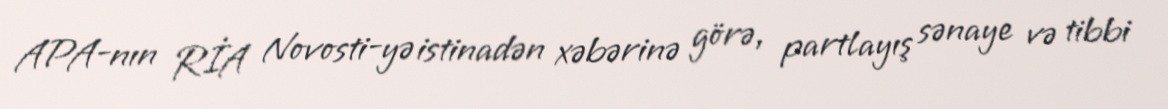
APA-nın RİA Novosti-yə istinadən xəbərinə görə, partlayış sənaye və tibbi